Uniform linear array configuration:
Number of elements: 64
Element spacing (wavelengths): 0.25
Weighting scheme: kaiser
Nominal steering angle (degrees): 15
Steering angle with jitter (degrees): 14.102
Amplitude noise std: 0.05
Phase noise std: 0.05

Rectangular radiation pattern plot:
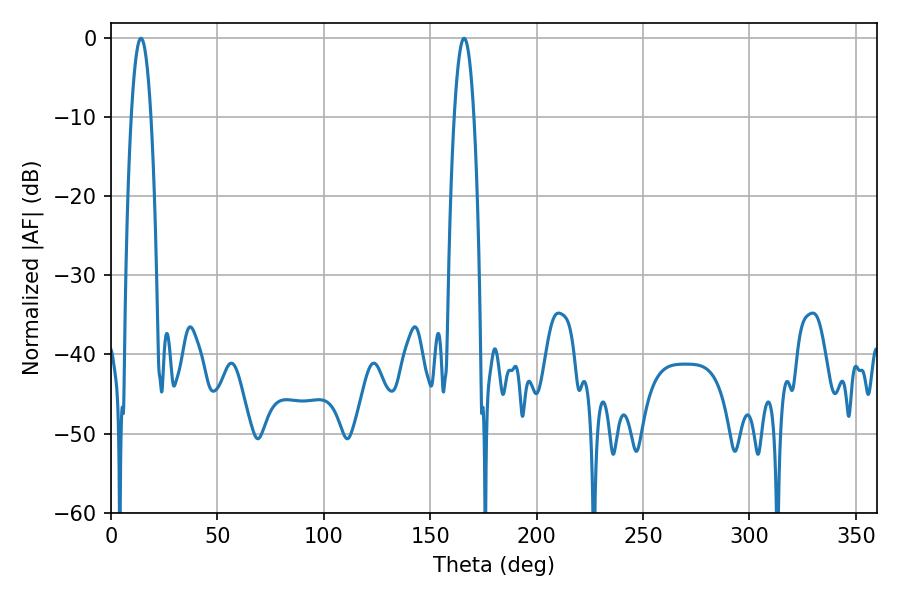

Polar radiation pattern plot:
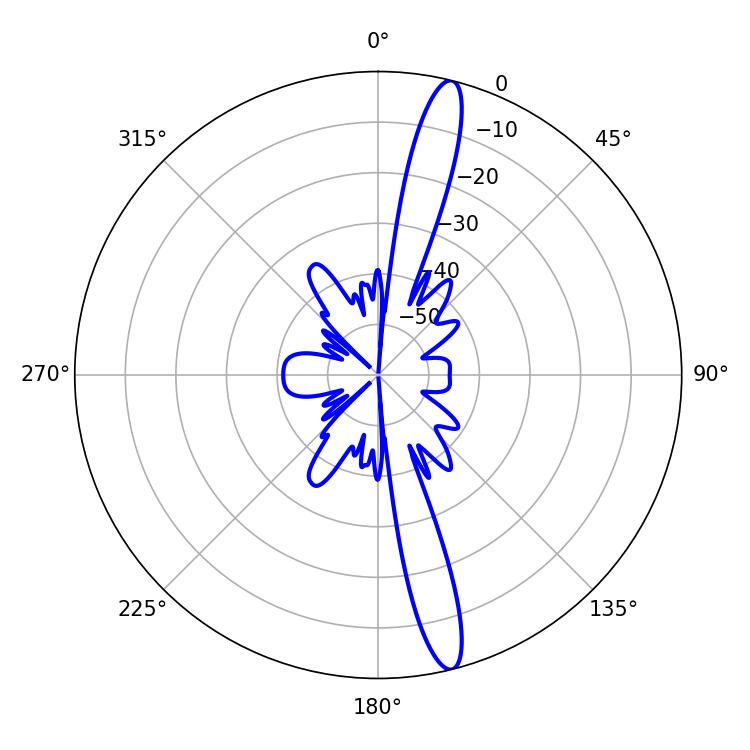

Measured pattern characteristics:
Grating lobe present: FALSE
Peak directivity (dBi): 16.304
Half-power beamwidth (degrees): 5.04
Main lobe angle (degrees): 14.04